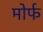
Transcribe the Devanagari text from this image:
मोर्फ